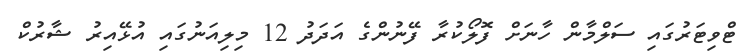
ޓްވިޓަރުގައި ސަލްމާން ހާނަށް ފޮލޯކުރާ ފޭނުންގެ އަދަދު 12 މިލިއަނުގައި އުޅޭއިރު ޝާރުކް